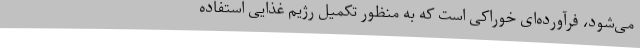
می‌شود، فرآورده‌ای خوراکی است که به منظور تکمیل رژیم غذایی استفاده